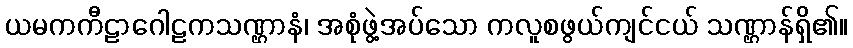
ယမကကီဠာဂေါဠကသဏ္ဌာနံ၊ အစုံဖွဲ့အပ်သော ကလူစဖွယ်ကျင်ငယ် သဏ္ဌာန်ရှိ၏။